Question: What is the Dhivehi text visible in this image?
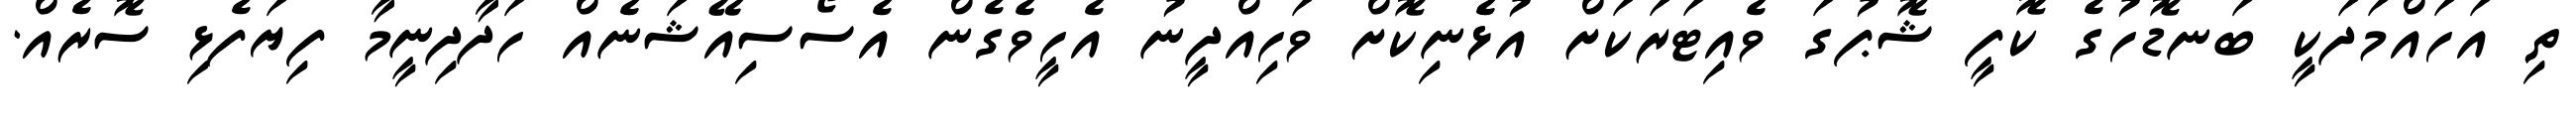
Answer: ތި އަހައްމަދަކީ ބަނޑޮހުގެ ކޮފީ ޝޮޕުގަ ވެއިޓަރަކަށް އުޅެނިކޮށް ވަހިއްދީނު އެހީވެގެން އެސޯސިއޭޝަނެއް ހަދާދިނީމާ ފިޔަފެޅި ސޮރެއް.